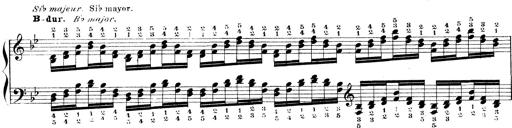
Title: Technische Studien
Composer: Franz Liszt